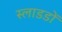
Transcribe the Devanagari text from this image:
स्लाडडों